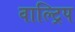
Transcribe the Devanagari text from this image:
वाल्ट्रिप